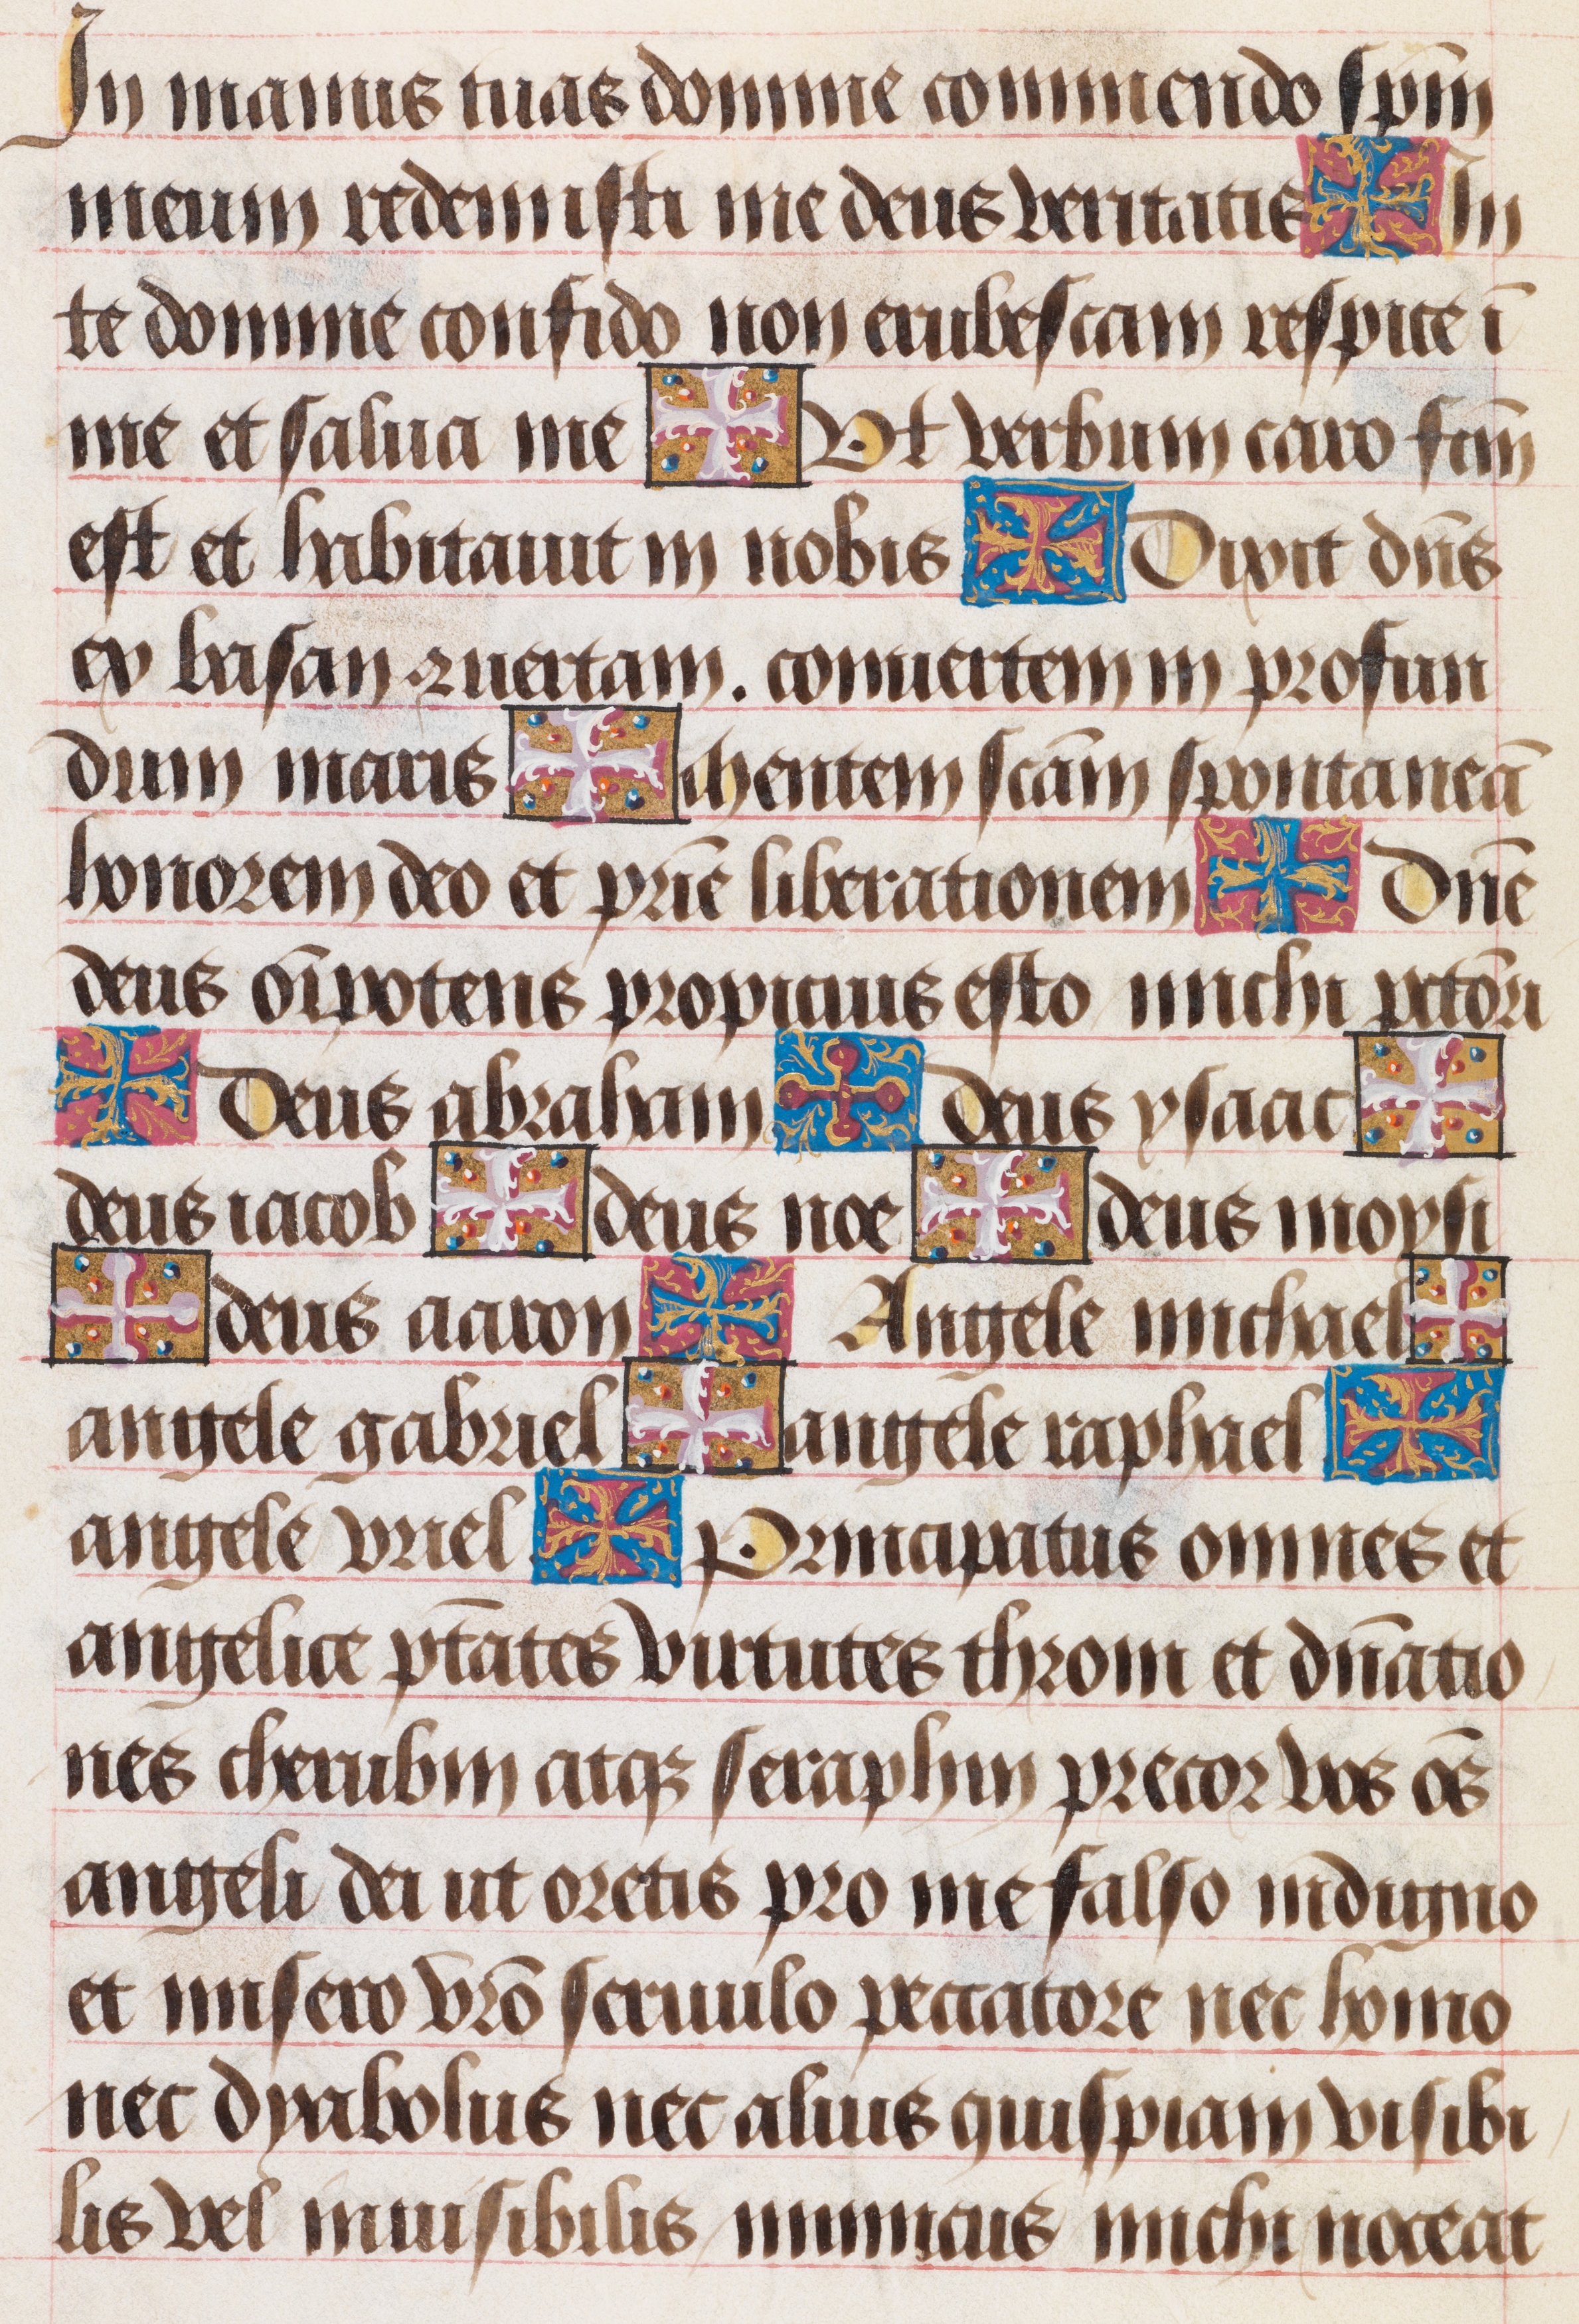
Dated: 1480–1490